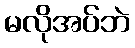
မလိုအပ်ဘဲ